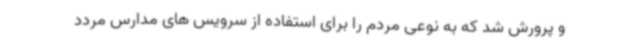
و پرورش شد که به نوعی مردم را برای استفاده از سرویس های مدارس مردد